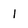
Character: l